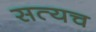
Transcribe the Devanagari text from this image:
सत्यच